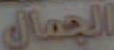
الجمال